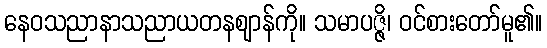
နေဝသညာနာသညာယတနဈာန်ကို။ သမာပဇ္ဇိ၊ ဝင်စားတော်မူ၏။